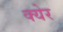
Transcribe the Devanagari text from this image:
क्येर